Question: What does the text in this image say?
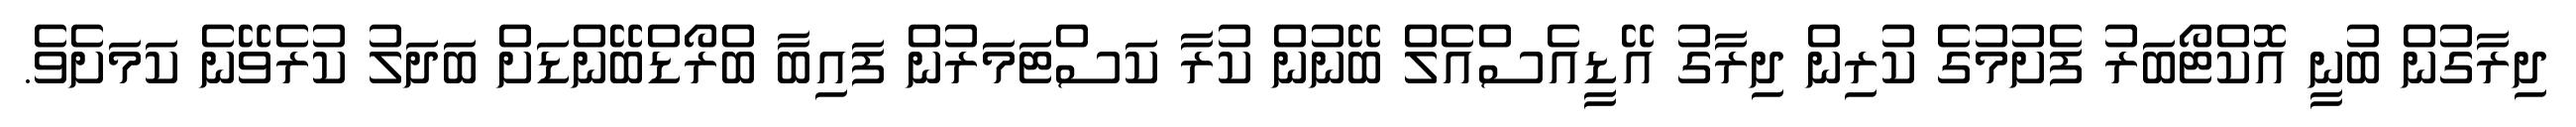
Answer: ދިރާގުން ބުނީ އޮކްޓޯބަރު ފެށުމުގެ ކުރިން ދިރާގު އޭޑީއެސްއެލް ބޭނުން ކުރާ ކަސްޓަމަރުން ފައިބާ ބްރޯޑްބޭންޑަށް ބަދަލު ކުރެވޭނެ ކަމަށެވެ.